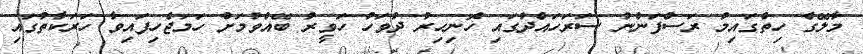
މާލޭގެ ހިތްގައިމު ރަސްފަންނު ސަރަހައްދުގައި ހޮނިހިރު ދުވަހު ހަވީރު ބޭއްވުމަށް ހަމަޖެހިފައިވާ ހަރަކާތުގައި